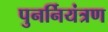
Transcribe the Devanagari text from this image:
पुनर्नियंत्रण